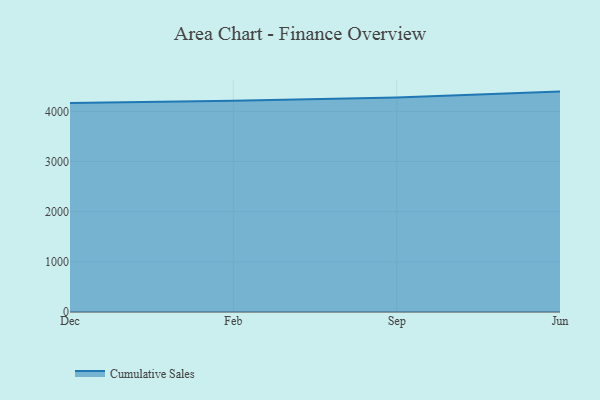
{"axis": {"x": "Month", "y": "Bounce Rate (%)"}, "legend": ["Cumulative Sales"], "data": [{"x": "Dec", "y": 4165.7, "type": "Cumulative Sales"}, {"x": "Feb", "y": 4213.1, "type": "Cumulative Sales"}, {"x": "Sep", "y": 4277.7, "type": "Cumulative Sales"}, {"x": "Jun", "y": 4393.9, "type": "Cumulative Sales"}]}